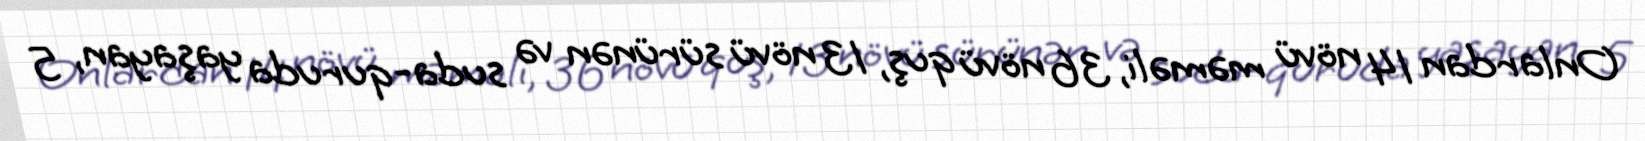
Onlardan 14 növü məməli, 36 növü quş, 13 növü sürünən və suda-quruda yaşayan, 5